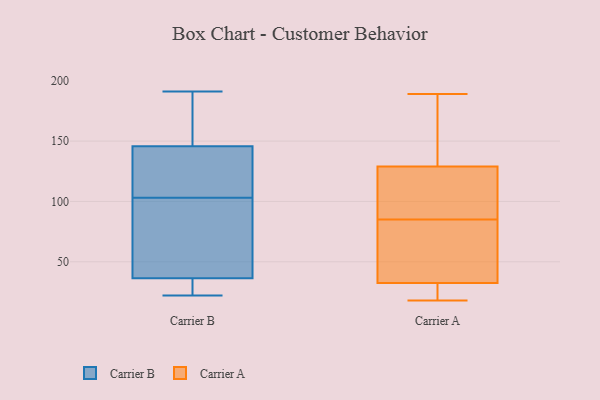
{"axis": {"x": "Production Output", "y": "Value"}, "legend": ["Carrier A", "Carrier B"], "data": [{"x": "", "y": 26, "type": "Carrier B"}, {"x": "", "y": 37, "type": "Carrier B"}, {"x": "", "y": 190, "type": "Carrier B"}, {"x": "", "y": 147, "type": "Carrier B"}, {"x": "", "y": 103, "type": "Carrier B"}, {"x": "", "y": 35, "type": "Carrier B"}, {"x": "", "y": 153, "type": "Carrier B"}, {"x": "", "y": 39, "type": "Carrier B"}, {"x": "", "y": 175, "type": "Carrier B"}, {"x": "", "y": 129, "type": "Carrier B"}, {"x": "", "y": 50, "type": "Carrier B"}, {"x": "", "y": 133, "type": "Carrier B"}, {"x": "", "y": 34, "type": "Carrier B"}, {"x": "", "y": 191, "type": "Carrier B"}, {"x": "", "y": 142, "type": "Carrier B"}, {"x": "", "y": 36, "type": "Carrier B"}, {"x": "", "y": 76, "type": "Carrier B"}, {"x": "", "y": 22, "type": "Carrier B"}, {"x": "", "y": 142, "type": "Carrier B"}, {"x": "", "y": 184, "type": "Carrier A"}, {"x": "", "y": 55, "type": "Carrier A"}, {"x": "", "y": 22, "type": "Carrier A"}, {"x": "", "y": 18, "type": "Carrier A"}, {"x": "", "y": 23, "type": "Carrier A"}, {"x": "", "y": 54, "type": "Carrier A"}, {"x": "", "y": 107, "type": "Carrier A"}, {"x": "", "y": 24, "type": "Carrier A"}, {"x": "", "y": 108, "type": "Carrier A"}, {"x": "", "y": 41, "type": "Carrier A"}, {"x": "", "y": 139, "type": "Carrier A"}, {"x": "", "y": 125, "type": "Carrier A"}, {"x": "", "y": 88, "type": "Carrier A"}, {"x": "", "y": 133, "type": "Carrier A"}, {"x": "", "y": 189, "type": "Carrier A"}, {"x": "", "y": 82, "type": "Carrier A"}]}